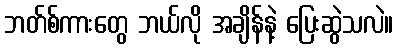
ဘတ်စ်ကားတွေ ဘယ်လို အချိန်နဲ့ ပြေးဆွဲသလဲ။